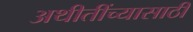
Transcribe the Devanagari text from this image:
अथीतींच्यासाठी